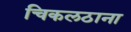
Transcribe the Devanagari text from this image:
चिकलठाना